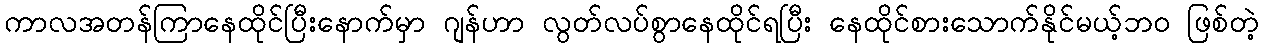
ကာလအတန်ကြာနေထိုင်ပြီးနောက်မှာ ဂျန်ဟာ လွတ်လပ်စွာနေထိုင်ရပြီး နေထိုင်စားသောက်နိုင်မယ့်ဘဝ ဖြစ်တဲ့